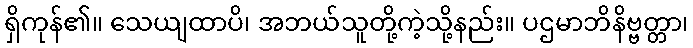
ရှိကုန်၏။ သေယျထာပိ၊ အဘယ်သူတို့ကဲ့သို့နည်း။ ပဌမာဘိနိဗ္ဗတ္တာ၊